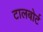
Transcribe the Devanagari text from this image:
टालबोर्ट